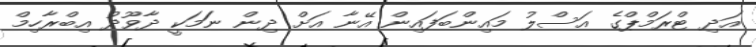
އަދި ޓްރަމްޕްގެ އަސްލު މައިންބަފައިން އޭނާ އަށް ދިން ނަަމަކީ ދާވޫދު އިބްރާހިމް